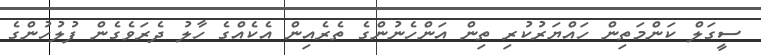
ސީގަލް ކަންމަތިން ހައްޔަރުކުރި ތިން އަންހެނުންގެ ތެރެއިން އެކެއްގެ ހާލު ދެރަވެގެން ފުލުހުންގެ